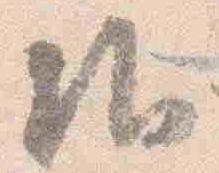
御